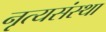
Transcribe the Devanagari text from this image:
नृत्यसंस्था